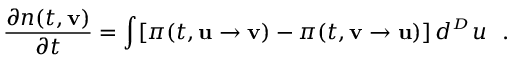
\frac { \partial n ( t , { \bf v } ) } { \partial t } = \int [ \pi ( t , { \bf u } \rightarrow { \bf v } ) - \pi ( t , { \bf v } \rightarrow { \bf u } ) ] \, d ^ { _ { ^ D } } u \ \ .